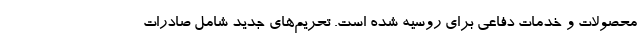
محصولات و خدمات دفاعی برای روسیه شده است. تحریم‌های جدید شامل صادرات